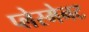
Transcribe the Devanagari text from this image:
प्लेस्मेनट